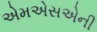
એમએસએની